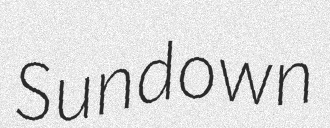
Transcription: Sundown